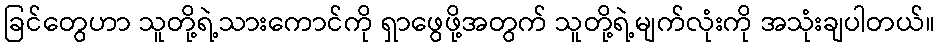
ခြင်တွေဟာ သူတို့ရဲ့သားကောင်ကို ရှာဖွေဖို့အတွက် သူတို့ရဲ့မျက်လုံးကို အသုံးချပါတယ်။